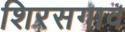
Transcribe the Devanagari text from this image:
शिरसगाव